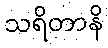
သရိတာနိ